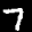
Label: 7